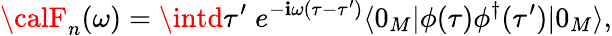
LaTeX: {\calF}_{n}(\omega)=\intd\tau^{\prime}\; e^{-\mathbf{i}\omega(\tau-\tau^{\prime})}\langle0_{M}|\phi(\tau)\phi^{\dagger}(\tau^{\prime})|0_{M}\rangle,